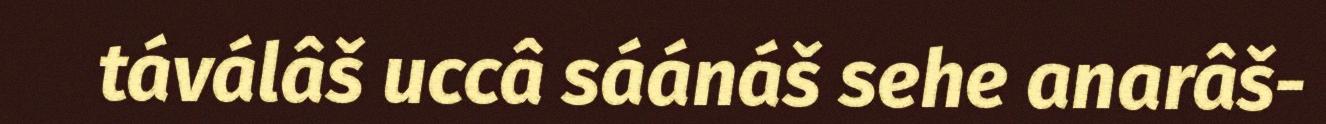
táválâš uccâ sáánáš sehe anarâš-